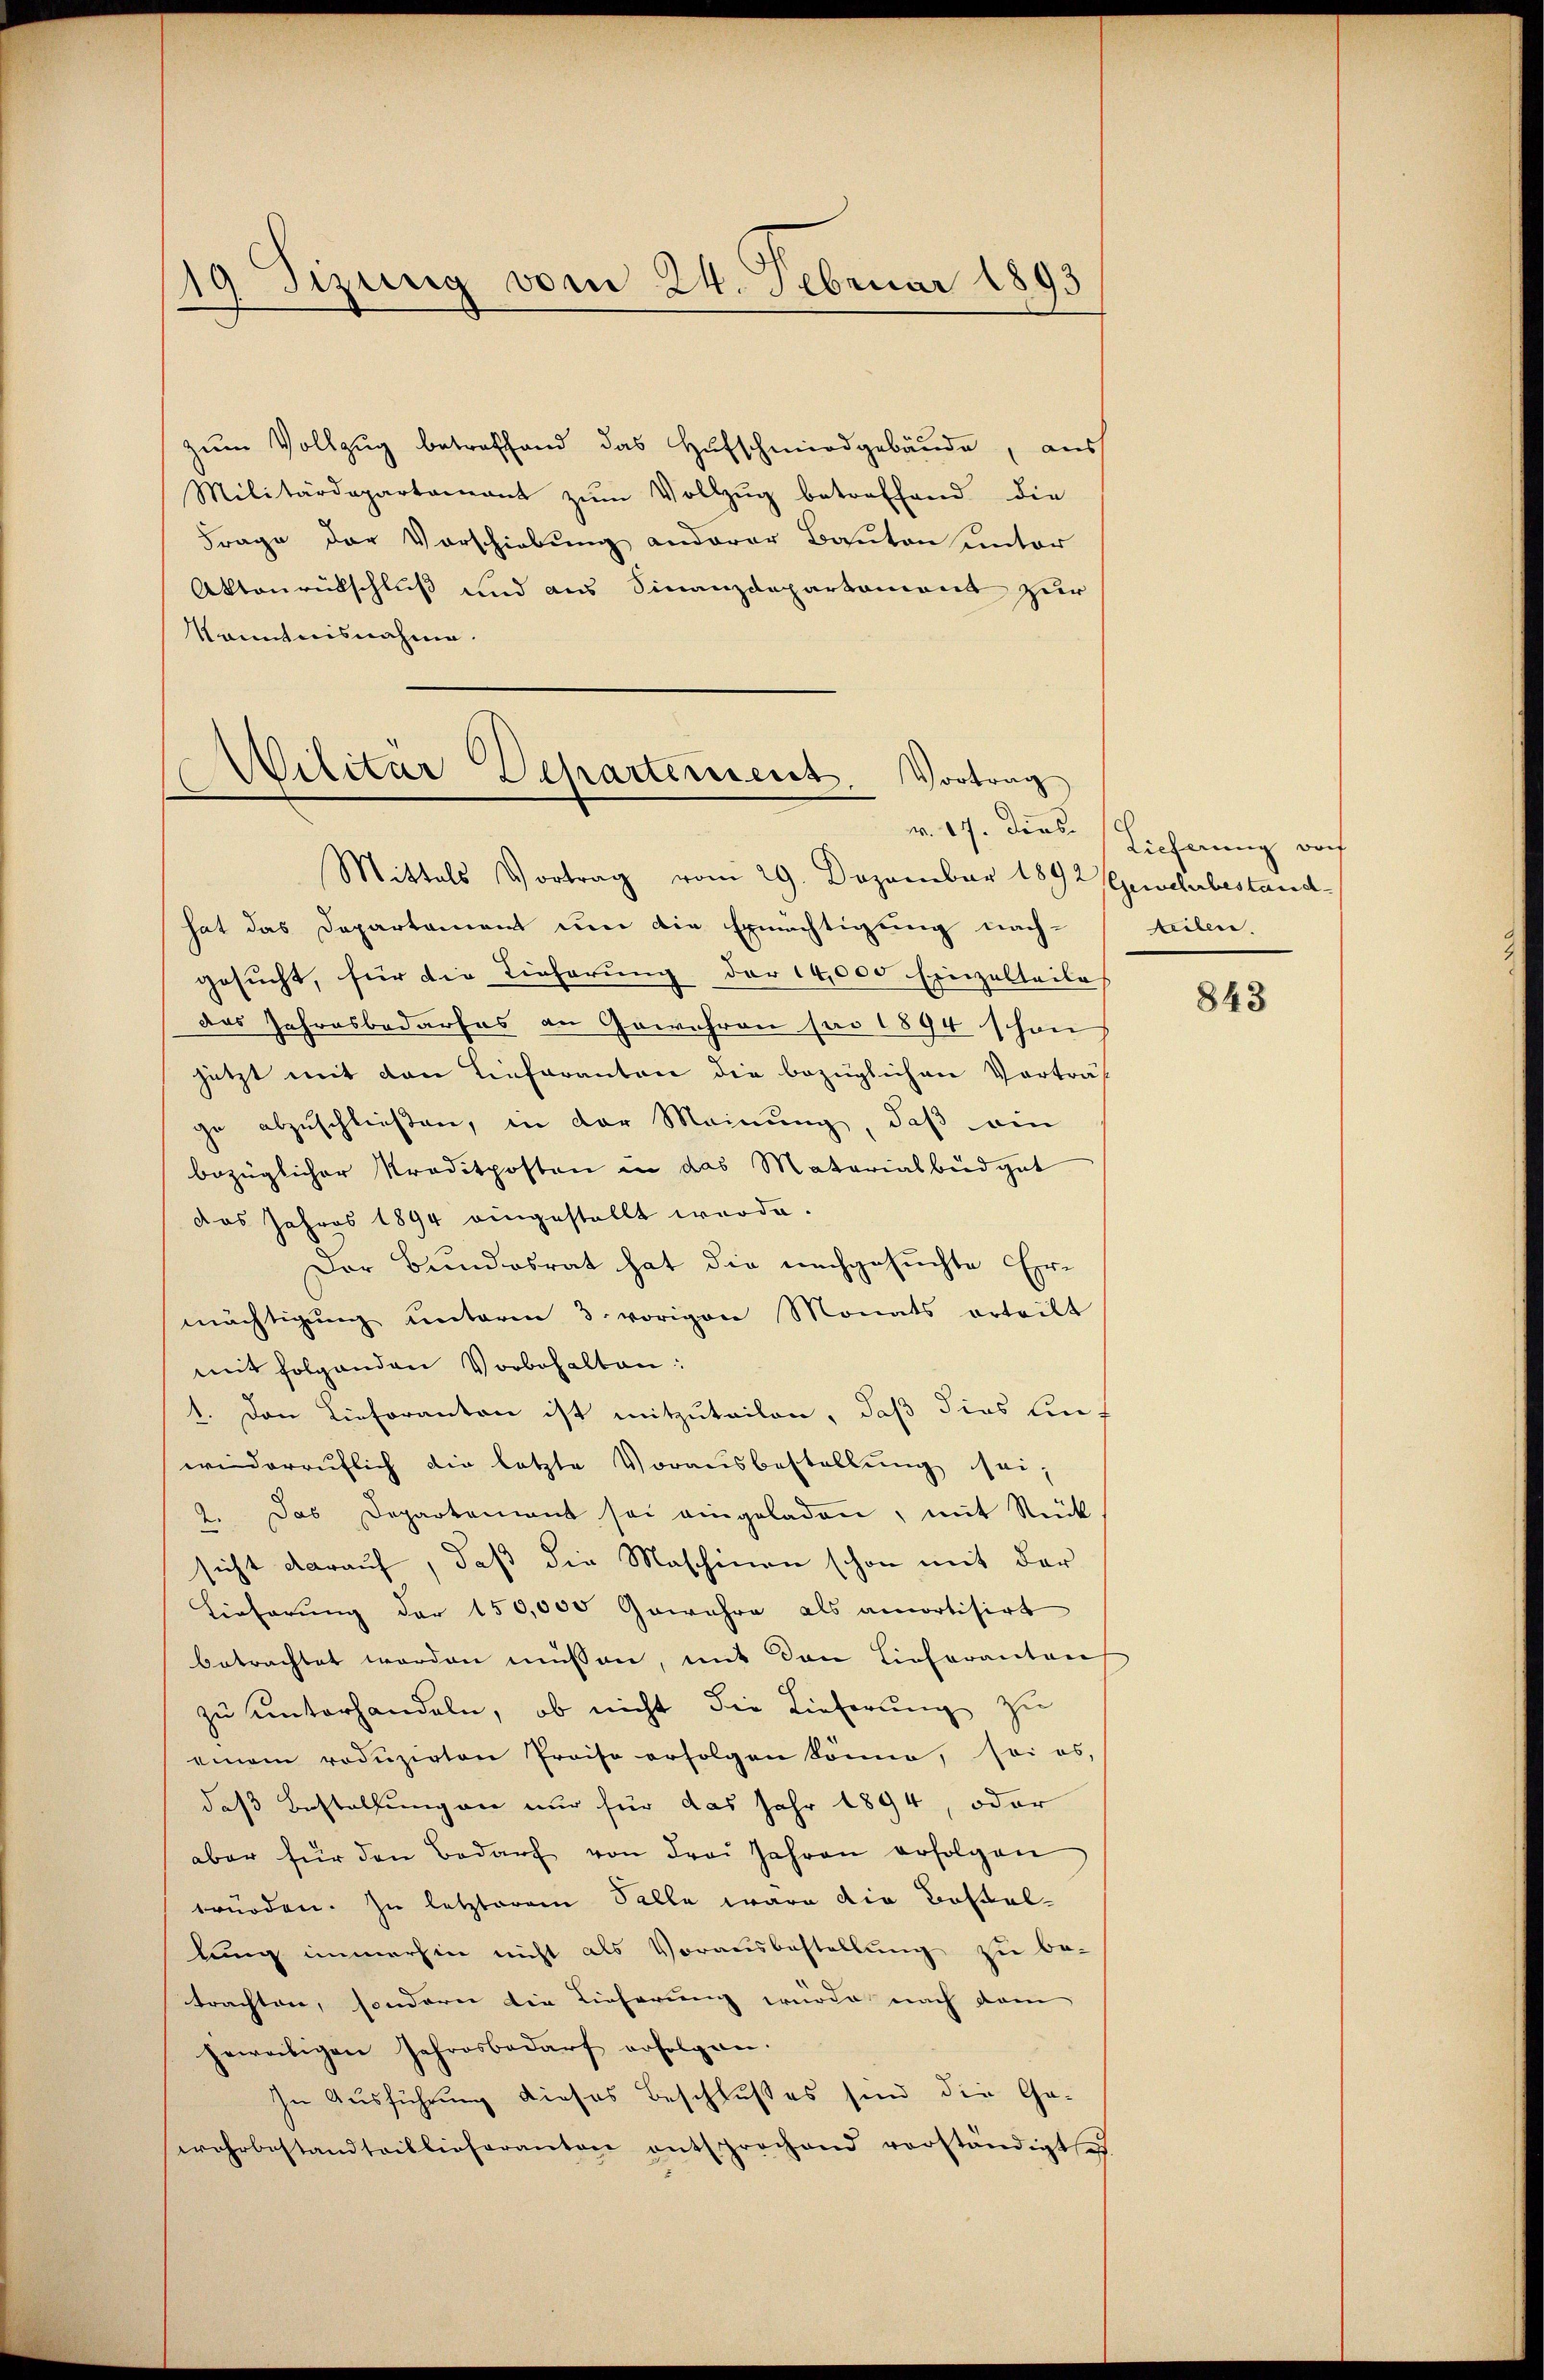
19 Tizung vom 24. Februar 1893

zŭm Vollzug betreffend das Hufschmiedgebäude, aus
Militärdepartamant zŭm Vollzŭg betreffend die
Frage der Vorschiebung anderer Banton unter
Aktenrückschluß und aus Finanzdepartament zur
Kenntnisnahme.

Militar Departement. Vortrag
Mittels Vortrag vom 29. Dezember 1892 Gewehrbestand

hat das Departement um die Ermächtigung nachgesŭcht, für die Lieferŭng der 14,000 Einzelteile
das Jahresbedarfes an Gewehren pro 1894 schon
jetzt mit den Lieferanten die bezüglichen Vorträf
ge abzuschließen, in der Meinung, daß ein
bezüglicher Kreditposten in das Materialbüdget
das Jahres 1894 eingestellt werde.
Der Bundesrat hat die nachgesuchte Ermächtigung unterm 3. vorigen Monats erteilt
mit folgenden Vorbehalten:
1. Den Lieferanten ist mitzuteilen, daß dies lin
widerruflich die letzte Vorausbestellung sei,
2. Das Departement sei eingeladen, mit Stück
sicht darauf, daß die Maschinen schon mit der
Lieferung der 150,000 Gewahre als amortisirt
betrachtet worden müssen, mit den Lieferanton
zu unterhandeln, ob nicht die Lieferung zu
einem roduzirten Preise erfolgen könne, sei es,
daß Bestellungen nur für das Jahr 1894, oder
aber für den Bedarf von drei Jahren erfolgen
würden. Zu letzterem Salle wäre die Bestallung immerhin nicht als Vorausbestellung zu be-
trachten, sondern die Lieferung wurde nach dem
jewatigen Jahresbedarf erfolgen.
In Ausführung dieses Beschlußes sind die Ga-
wehrbestandteillicheranton entsprochend verständigte

v. 17. diese Sicherung doch
seiben.

843